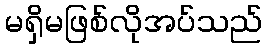
မရှိမဖြစ်လိုအပ်သည်